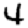
Digit: 4